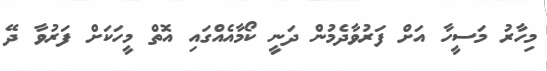
މިހާރު މަސީހާ އަށް ފަރުވާދެމުން ދަނީ ކޯމާއެއްގައި އޮތް މީހަކަށް ފަރުވާ ދޭ